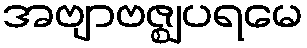
အဗျာဗဇ္ဈပရမေ